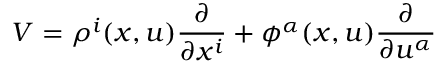
V = \rho ^ { i } ( x , u ) { \frac { \partial } { \partial x ^ { i } } } + \phi ^ { \alpha } ( x , u ) { \frac { \partial } { \partial u ^ { \alpha } } }